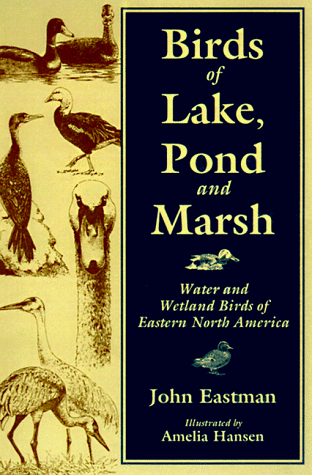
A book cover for Birds of Lake Pond & Marsh: Water and Wetland Birds of Eastern North America; John Eastman; Science & Math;